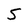
Character: S